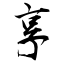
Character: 享